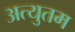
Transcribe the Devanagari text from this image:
अत्युतम